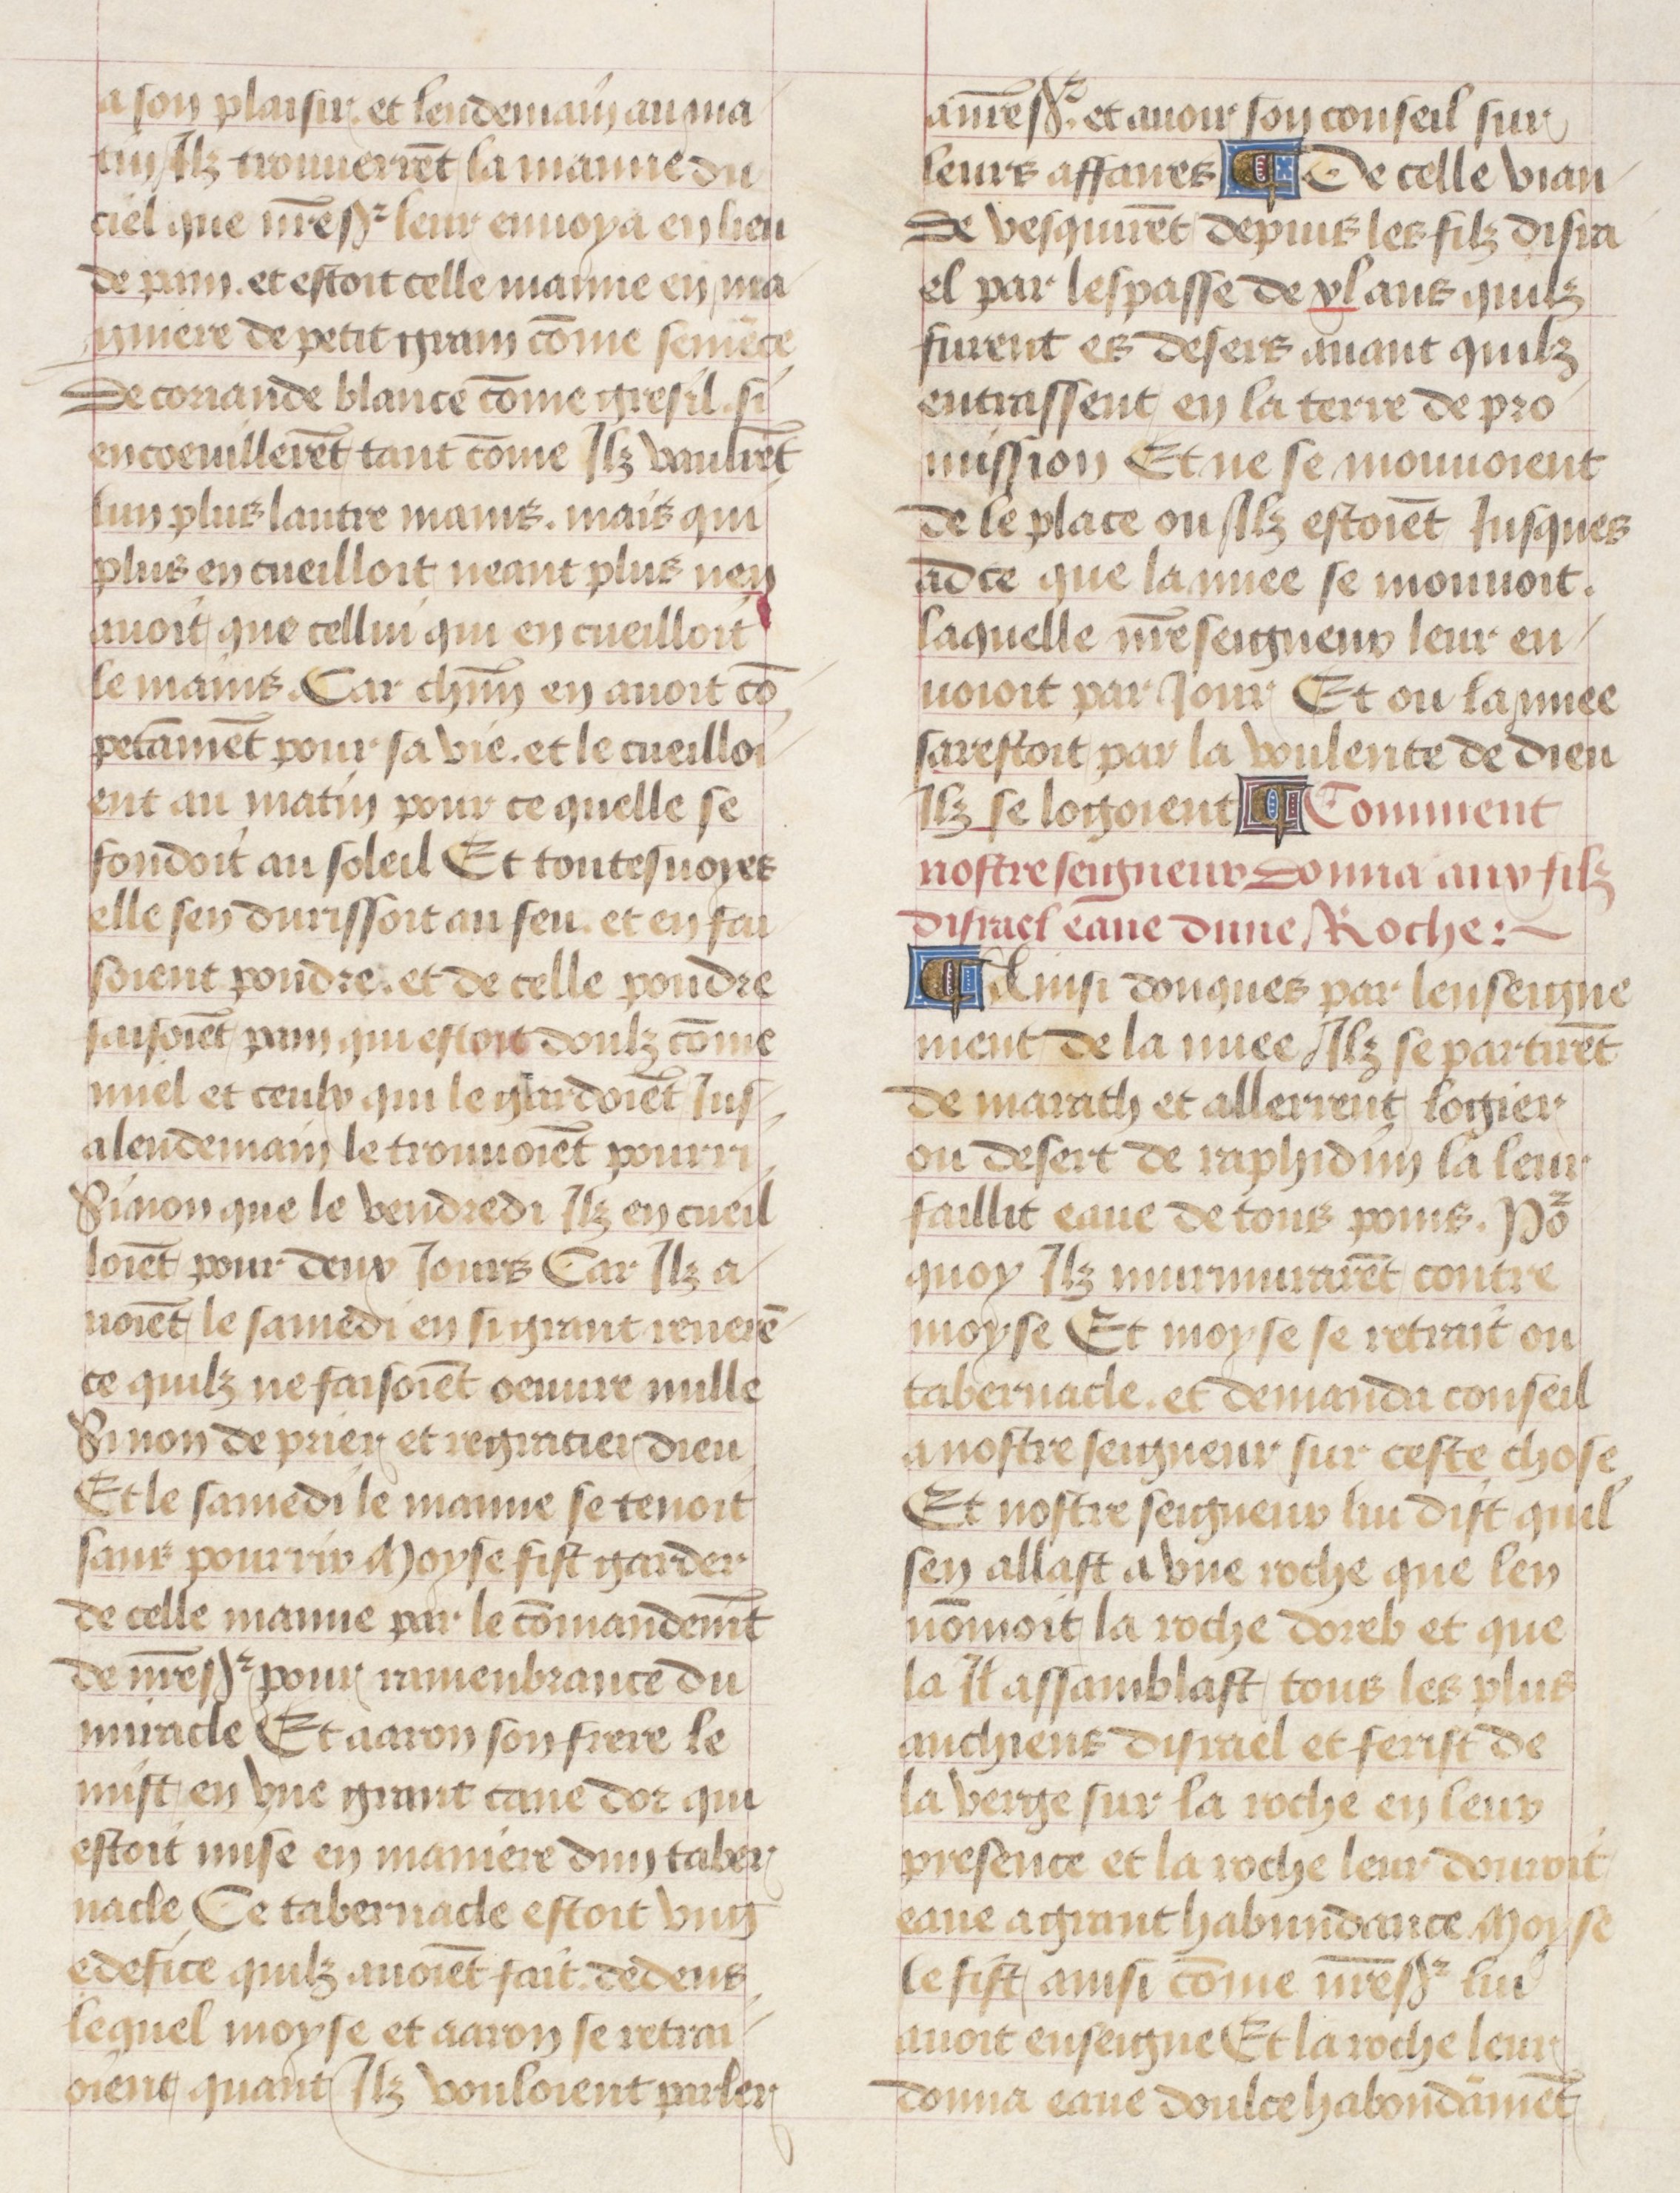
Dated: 1475–1485